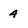
Character: 4